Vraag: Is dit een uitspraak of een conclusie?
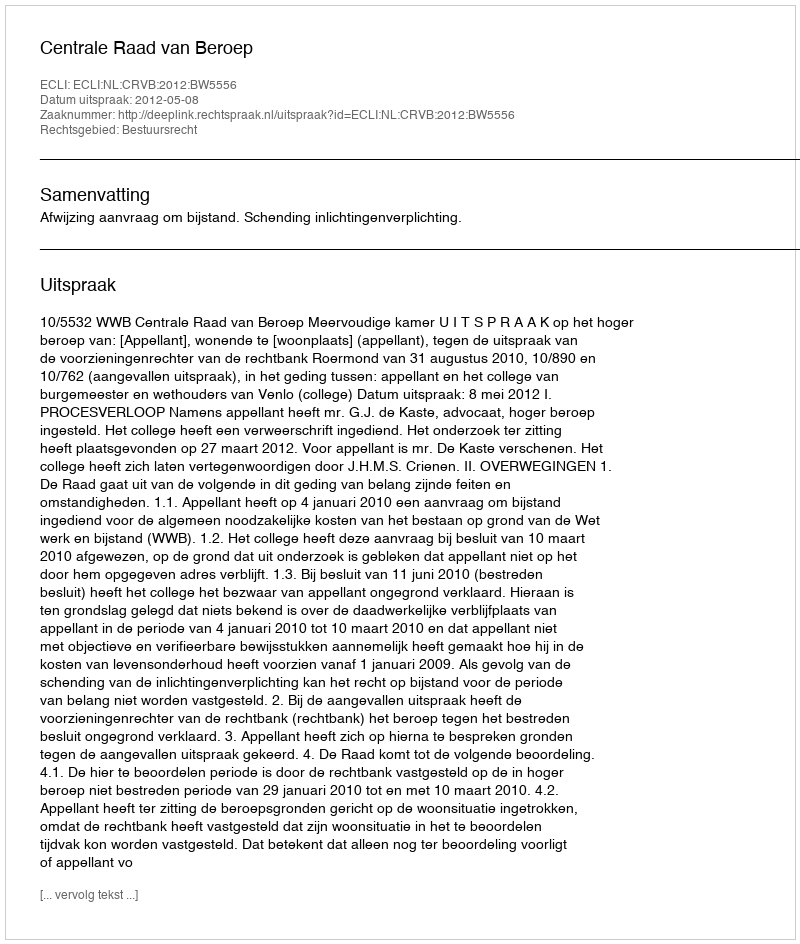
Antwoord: Uitspraak